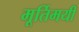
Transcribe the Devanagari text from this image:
मूर्तिमयी